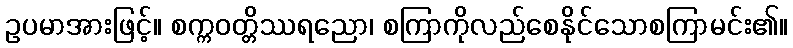
ဥပမာအားဖြင့်။ စက္ကဝတ္တိဿရညော၊ စကြာကိုလည်စေနိုင်သောစကြာမင်း၏။